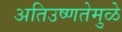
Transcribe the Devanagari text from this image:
अतिउष्णतेमुळे